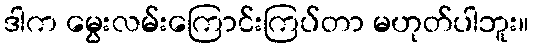
ဒါက မွေးလမ်းကြောင်းကြပ်တာ မဟုတ်ပါဘူး။